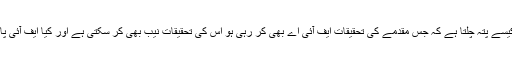
سینیٹر سعید غنی نے سوال اٹھایا کہ کیسے پتہ چلتا ہے کہ جس مقدمے کی تحقیقات ایف آئی اے بھی کر رہی ہو اس کی تحقیقات نیب بھی کر سکتی ہے اور کیا ایف آئی پابند ہے کہ وہ نیب کو بھی آگاہ کرے ۔